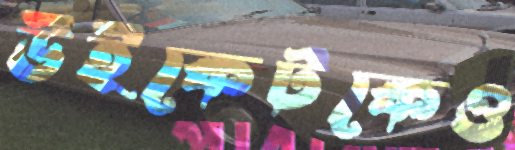
উইকেটকেও